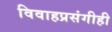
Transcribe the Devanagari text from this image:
विवाहप्रसंगीही